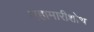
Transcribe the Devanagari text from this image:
महामारीशोथ